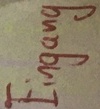
Text: Eingang